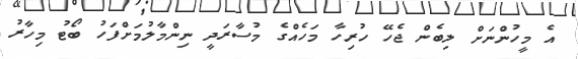
އެ މީހުންނަށް ލިބެން ޖެހޭ ހުރިހާ މަހެއްގެ މުސާރަދީ ނިންމާލުމަށްފަހު ބޯޓު މިހާރު